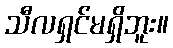
သီလရှင်မရှိဘူး။